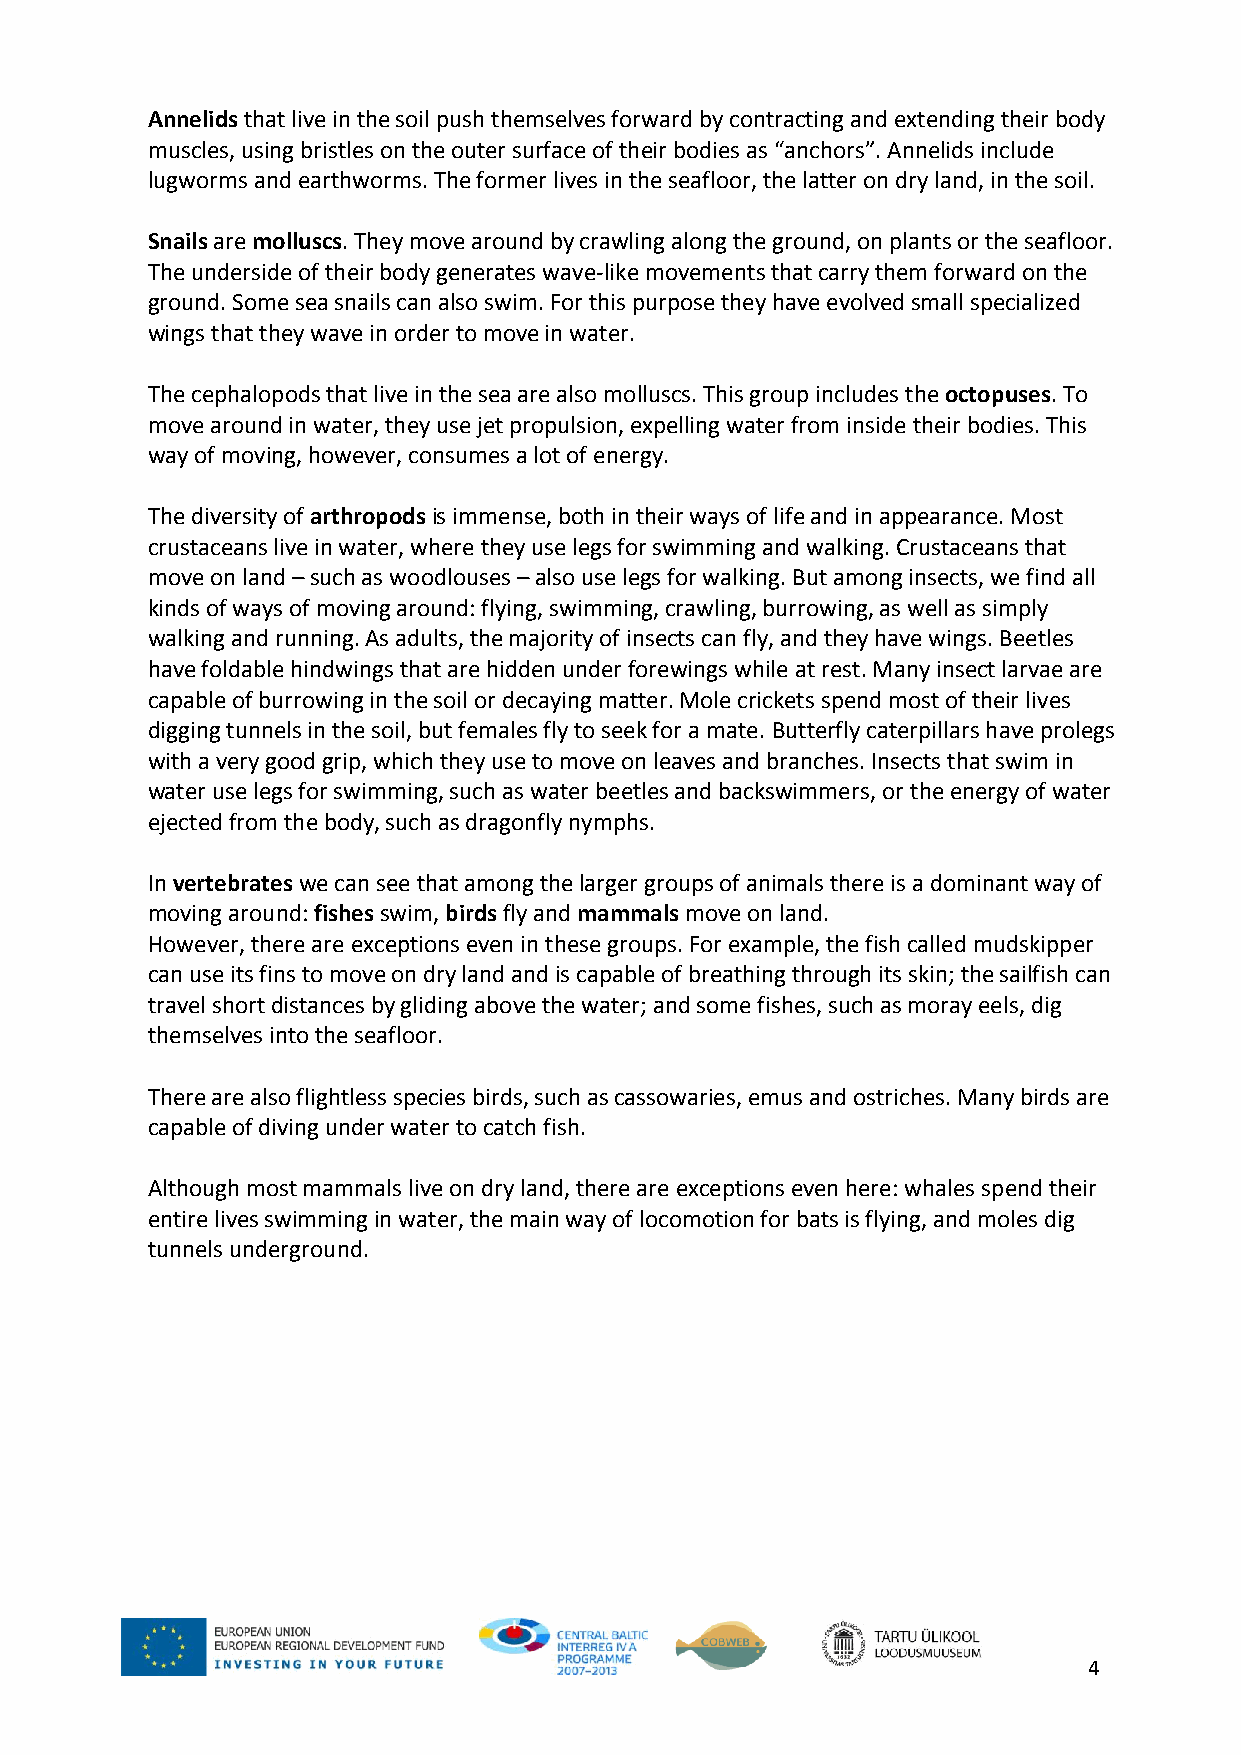
Annelids that live in the soil push themselves forward by contracting and extending their body
 muscles, using bristles on the outer surface of their bodies as “anchors”. Annelids include
 lugworms and earthworms. The former lives in the seafloor, the latter on dry land, in the soil.
 Snails are molluscs. They move around by crawling along the ground, on plants or the seafloor.
 The underside of their body generates wave-like movements that carry them forward on the
 ground. Some sea snails can also swim. For this purpose they have evolved small specialized
 wings that they wave in order to move in water.
 The cephalopods that live in the sea are also molluscs. This group includes the octopuses. To
 move around in water, they use jet propulsion, expelling water from inside their bodies. This
 way of moving, however, consumes a lot of energy.
 The diversity of arthropods is immense, both in their ways of life and in appearance. Most
 crustaceans live in water, where they use legs for swimming and walking. Crustaceans that
 move on land – such as woodlouses – also use legs for walking. But among insects, we find all
 kinds of ways of moving around: flying, swimming, crawling, burrowing, as well as simply
 walking and running. As adults, the majority of insects can fly, and they have wings. Beetles
 have foldable hindwings that are hidden under forewings while at rest. Many insect larvae are
 capable of burrowing in the soil or decaying matter. Mole crickets spend most of their lives
 digging tunnels in the soil, but females fly to seek for a mate. Butterfly caterpillars have prolegs
 with a very good grip, which they use to move on leaves and branches. Insects that swim in
 water use legs for swimming, such as water beetles and backswimmers, or the energy of water
 ejected from the body, such as dragonfly nymphs.
 In vertebrates we can see that among the larger groups of animals there is a dominant way of
 moving around: fishes swim, birds fly and mammals move on land.
 However, there are exceptions even in these groups. For example, the fish called mudskipper
 can use its fins to move on dry land and is capable of breathing through its skin; the sailfish can
 travel short distances by gliding above the water; and some fishes, such as moray eels, dig
 themselves into the seafloor.
 There are also flightless species birds, such as cassowaries, emus and ostriches. Many birds are
 capable of diving under water to catch fish.
 Although most mammals live on dry land, there are exceptions even here: whales spend their
 entire lives swimming in water, the main way of locomotion for bats is flying, and moles dig
 tunnels underground.
 4